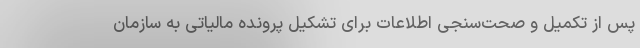
پس از تکمیل و صحت‌سنجی اطلاعات برای تشکیل پرونده مالیاتی به سازمان